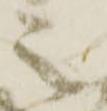
之